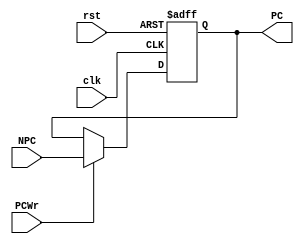
module pc(NPC,PCWr,clk,rst,PC);
    input   [31:2]   NPC ;//nextpc
    input            PCWr ;//PC enable write
    input            clk, rst ;//clock,reset
    output  [31:2]   PC ;   //pc
    
    reg   [31:2]   PC ;
    
    always @(posedge clk or posedge rst)
    begin
        if (rst)
           PC <= 30'h0c00 ;
        else if (PCWr) 
           PC <= NPC ;
    end
    
endmodule